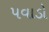
પવાડો